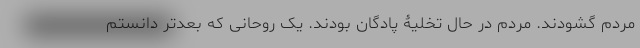
مردم گشودند. مردم در حال تخلیۀ پادگان بودند. یک روحانی که بعدتر دانستم